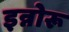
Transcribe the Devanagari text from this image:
इन्नोरू